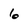
Character: 6